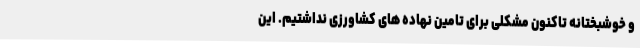
و خوشبختانه تاکنون مشکلی برای تامین نهاده های کشاورزی نداشتیم. این